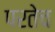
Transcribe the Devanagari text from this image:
परतेच